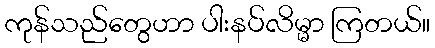
ကုန်သည်တွေဟာ ပါးနပ်လိမ္မာ ကြတယ်။